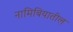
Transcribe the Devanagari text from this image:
नामिबियातील